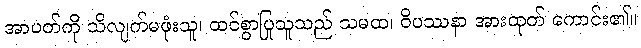
အာပတ်ကို သိလျက်မဖုံးသူ၊ ထင်စွာပြုသူသည် သမထ၊ ဝိပဿနာ အားထုတ် ကောင်း၏။